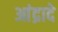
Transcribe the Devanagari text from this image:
आंद्रादे